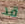
قد